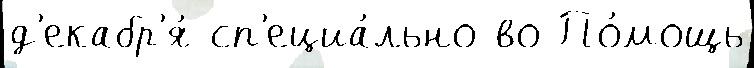
д'екабр'я́ сп'ециа́льно во По́мощь